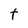
Character: t